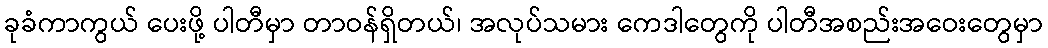
ခုခံကာကွယ် ပေးဖို့ ပါတီမှာ တာဝန်ရှိတယ်၊ အလုပ်သမား ကေဒါတွေကို ပါတီအစည်းအဝေးတွေမှာ